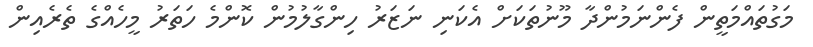
މަގުތައްމަތީން ފެންނަމުންދާ މޫނުތަކަށް އެކަނި ނަޒަރު ހިންގާލުމުން ކޮންމެ ހަތަރު މީހެއްގެ ތެރެއިން